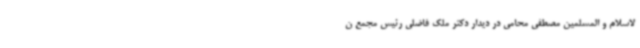
لاسلام و المسلمین مصطفی محامی در دیدار دکتر ملک فاضلی رئیس مجمع ن